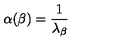
\alpha ( \beta ) = { \frac { 1 } { \lambda _ { \beta } } }